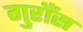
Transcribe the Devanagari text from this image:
गुराँस